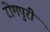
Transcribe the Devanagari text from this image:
रोमपुरी